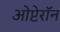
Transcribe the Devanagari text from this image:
ओप्टेरॉन